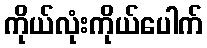
ကိုယ်လုံးကိုယ်ပေါက်